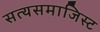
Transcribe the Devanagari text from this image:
सत्यसमाजिस्ट